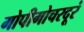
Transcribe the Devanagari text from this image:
गोपीगोचरदूरं